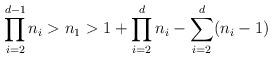
LaTeX: \begin{align*} \prod_{i=2}^{d-1} n_i > n_1 > 1 + \prod_{i=2}^d n_i - \sum_{i=2}^{d} (n_i - 1) \end{align*}